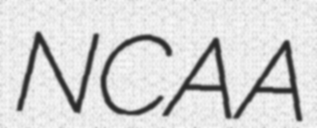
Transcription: NCAA